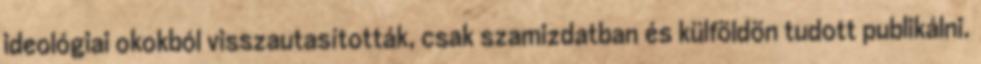
ideológiai okokból visszautasították, csak szamizdatban és külföldön tudott publikálni.